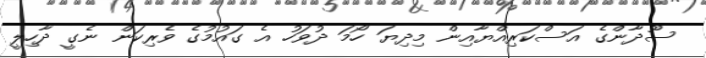
ސޫދާންގެ އަސްކަރިއްޔާއިން މިދިޔަ ހޯމަ ދުވަހު އެ ގައުމުގެ ވެރިކަން ނެގީ ދާހިލީ